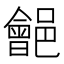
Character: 𨞡